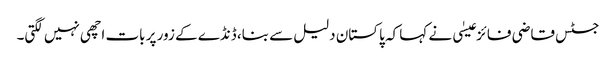
جسٹس قاضی فائز عیسٰی نے کہا کہ پاکستان دلیل سے بنا، ڈنڈے کے زور پر بات اچھی نہیں لگتی۔